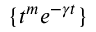
\{ t ^ { m } e ^ { - \gamma t } \}